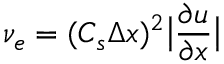
\nu _ { e } = ( C _ { s } \Delta x ) ^ { 2 } \big | \frac { \partial u } { \partial x } \big |